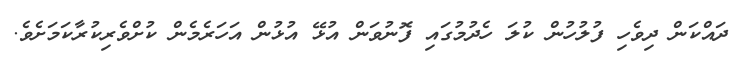
ދައްކަން ދިވެހި ފުލުހުން ކުލަ ހެދުމުގައި ފޮނުވަން އުޅޭ އުޅުން އަހަރެމެން ކުށްވެރިކުރާކަމަށެވެ.